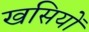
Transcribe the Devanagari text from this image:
खसियों